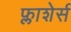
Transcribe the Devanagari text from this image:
फ्लाशेर्स